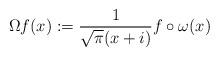
LaTeX: \begin{align*}\Omega f(x) : = \frac{1}{\sqrt\pi (x+i)} f\circ \omega(x) \end{align*}